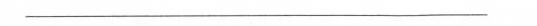
___